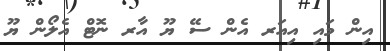
އިން މައި އިއަރ އެން ސޭ ޔޫ އާރ ނޮޓް އެލޯން ޔޫ